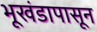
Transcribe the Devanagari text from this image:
भूखंडापासून